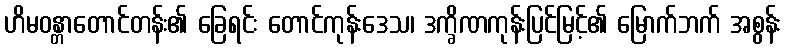
ဟိမဝန္တာတောင်တန်း၏ ခြေရင်း တောင်ကုန်းဒေသ၊ ဒက္ခိဏကုန်းပြင်မြင့်၏ မြောက်ဘက် အစွန်း